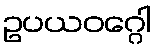
ဥပယဝဂ္ဂေါ